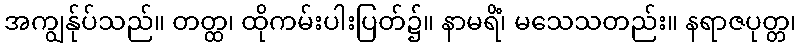
အကျွန်ုပ်သည်။ တတ္ထ၊ ထိုကမ်းပါးပြတ်၌။ နာမရိံ၊ မသေသတည်း။ နရာဇပုတ္တ၊